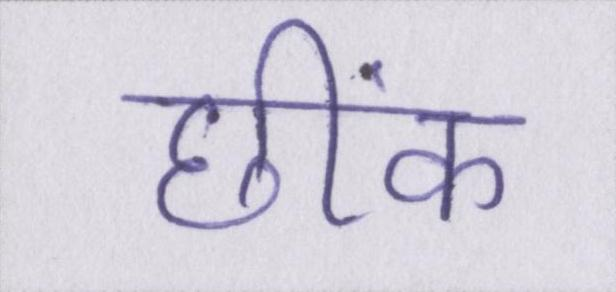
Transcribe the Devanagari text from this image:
छींक